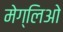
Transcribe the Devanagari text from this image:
मेग्लिओ